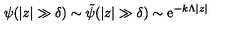
\psi ( | z | \gg \delta ) \sim { \tilde { \psi } } ( | z | \gg \delta ) \sim \mathrm { e } ^ { - k \Lambda | z | }